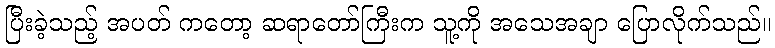
ပြီးခဲ့သည့် အပတ် ကတော့ ဆရာတော်ကြီးက သူ့ကို အသေအချာ ပြောလိုက်သည်။